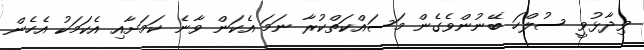
ވިދާޅުވީ ސުލްހަ ބޭނުންވެގެން މަސައްކަތްކުރާ ނަމަ އެކަން ވާނެ ކަމަށާއި އެކަމަކު އެހެން